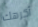
أكرهك